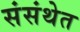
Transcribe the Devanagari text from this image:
संसंथेत